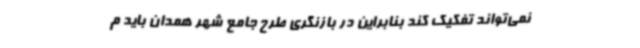
نمی‌تواند تفکیک کند بنابراین در بازنگری طرح جامع شهر همدان باید م